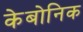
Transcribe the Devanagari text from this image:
केबोनिक